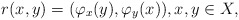
\begin{align*}r(x,y)=(\varphi_x(y),\varphi_y(x)),x,y\in X,\end{align*}